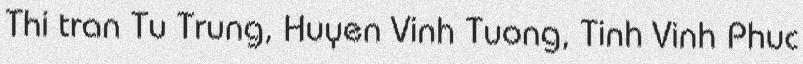
Thi tran Tu Trung, Huyen Vinh Tuong, Tinh Vinh Phuc